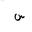
Letter: _sin